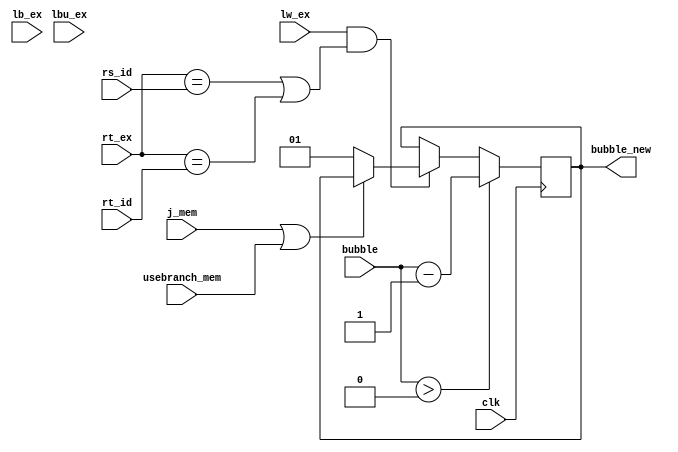
module load_use320(
    input clk,
    input lw_ex,
    input lb_ex,
    input lbu_ex,
    input[4:0] rs_id,
    input[4:0] rt_id,
    input [4:0] rt_ex,
    input [5:0] usebranch_mem,
    input [3:0] j_mem,
    input[1:0] bubble,
    output reg[1:0] bubble_new
);
initial begin
    bubble_new=0;
end
always@(negedge clk) begin
    if(bubble>0) bubble_new=bubble-1;//bubble1
    else if(lw_ex && (rt_ex==rs_id || rt_ex == rt_id)) begin //loaduse
        if (~(j_mem || usebranch_mem)) begin
            bubble_new=1;
        end
    end
end


endmodule